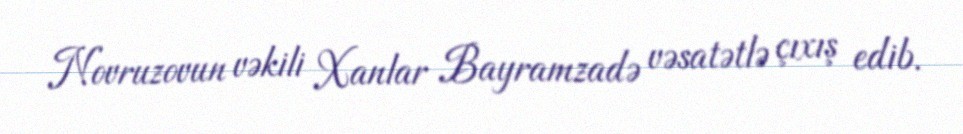
Novruzovun vəkili Xanlar Bayramzadə vəsatətlə çıxış edib.